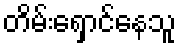
တိမ်းရှောင်နေသူ